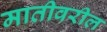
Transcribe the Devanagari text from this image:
मातीवरील